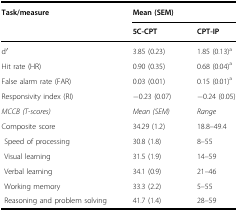
<table><thead><tr><td><b>Task/measure</b></td><td colspan="2"><b>Mean (SEM)</b></td></tr><tr><td></td><td><b>5C-CPT</b></td><td><b>CPT-IP</b></td></tr></thead><tbody><tr><td>d′</td><td>3.85 (0.23)</td><td>1.85 (0.13)<sup>a</sup></td></tr><tr><td>Hit rate (HR)</td><td>0.90 (0.35)</td><td>0.68 (0.04)<sup>a</sup></td></tr><tr><td>False alarm rate (FAR)</td><td>0.03 (0.01)</td><td>0.15 (0.01)<sup>a</sup></td></tr><tr><td>Responsivity index (RI)</td><td>−0.23 (0.07)</td><td>−0.24 (0.05)</td></tr><tr><td><i>MCCB (T-scores)</i></td><td><i>Mean (SEM)</i></td><td><i>Range</i></td></tr><tr><td>Composite score</td><td>34.29 (1.2)</td><td>18.8–49.4</td></tr><tr><td> Speed of processing</td><td>30.8 (1.8)</td><td>8–55</td></tr><tr><td> Visual learning</td><td>31.5 (1.9)</td><td>14–59</td></tr><tr><td> Verbal learning</td><td>34.1 (0.9)</td><td>21–46</td></tr><tr><td> Working memory</td><td>33.3 (2.2)</td><td>5–55</td></tr><tr><td> Reasoning and problem solving</td><td>41.7 (1.4)</td><td>28–59</td></tr></tbody></table>